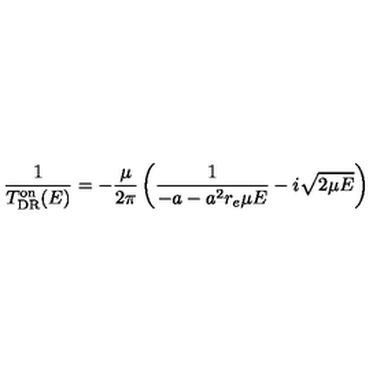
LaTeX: \frac { 1 } { T _ { \mathrm { D R } } ^ { \mathrm { o n } } ( E ) } = - \frac { \mu } { 2 \pi } \left( \frac { 1 } { - a - a ^ { 2 } r _ { e } \mu E } - i \sqrt { 2 \mu E } \right)